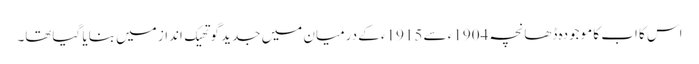
اس کا اب کا موجودہ ڈھانچہ 1904ء سے 1915ء کے درمیان میں جدید گوتھیک انداز میں بنایا گیاتھا۔